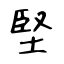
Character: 堅